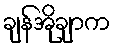
ချန်အိုချာက